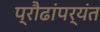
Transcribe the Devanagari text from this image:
प्रौढांपर्यंत